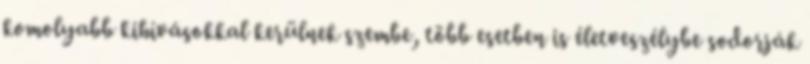
komolyabb kihívásokkal kerülnek szembe, több esetben is életveszélybe sodorják